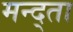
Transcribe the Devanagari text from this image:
मन्द्ता